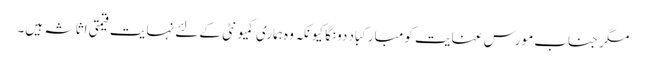
مگر جناب مورس عنایت کو مبارکباد دونگا کیونکہ وہ ہماری کمیونٹی کے لئے نہایت قیمتی اثاثہ ہیں۔